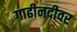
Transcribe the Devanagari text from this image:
गाढीनदीवर